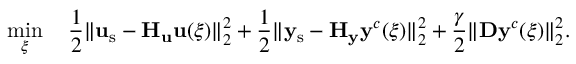
\operatorname* { m i n } _ { \boldsymbol { \xi } } \quad \frac { 1 } { 2 } \| \mathbf { u } _ { \mathrm { s } } - \mathbf { H } _ { \mathbf { u } } \mathbf { u } ( \boldsymbol { \xi } ) \| _ { 2 } ^ { 2 } + \frac { 1 } { 2 } \| \mathbf { y } _ { \mathrm { s } } - \mathbf { H } _ { \mathbf { y } } \mathbf { y } ^ { c } ( \boldsymbol { \xi } ) \| _ { 2 } ^ { 2 } + \frac { \gamma } { 2 } \| \mathbf { D } \mathbf { y } ^ { c } ( \boldsymbol { \xi } ) \| _ { 2 } ^ { 2 } .